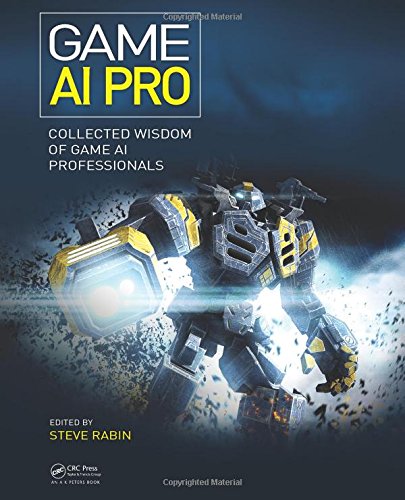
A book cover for Game AI Pro: Collected Wisdom of Game AI Professionals; Computers & Technology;